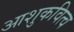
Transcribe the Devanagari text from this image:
आशुकवित्व